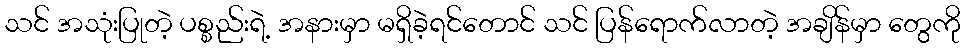
သင် အသုံးပြုတဲ့ ပစ္စည်းရဲ့ အနားမှာ မရှိခဲ့ရင်တောင် သင် ပြန်ရောက်လာတဲ့ အချိန်မှာ တွေကို